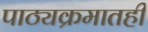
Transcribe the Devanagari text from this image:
पाठ्यक्रमातही